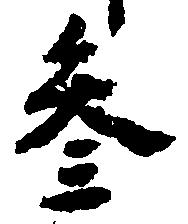
参